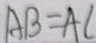
A B = A C